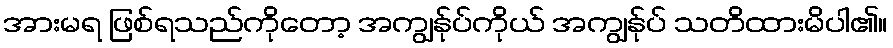
အားမရ ဖြစ်ရသည်ကိုတော့ အကျွန်ုပ်ကိုယ် အကျွန်ုပ် သတိထားမိပါ၏။